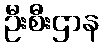
ဦးစီးဌာန